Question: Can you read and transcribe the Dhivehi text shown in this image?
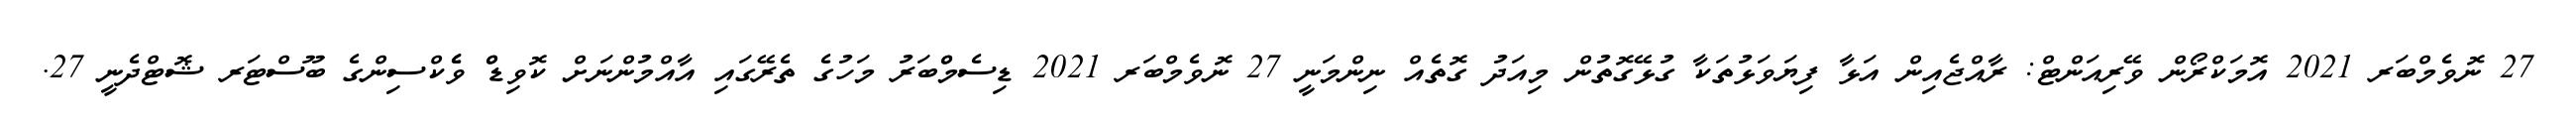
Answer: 27 ނޮވެމްބަރ 2021 އޮމަކްރޯން ވޭރިއަންޓް: ރާއްޖެއިން އަޅާ ފިޔަވަޅުތަކާ ގުޅޭގޮތުން މިއަދު ގޮތެއް ނިންމަނީ 27 ނޮވެމްބަރ 2021 ޑިސެމްްބަރު މަހުގެ ތެރޭގައި އާއްމުންނަށް ކޮވިޑްް ވެެކްސިންގެ ބޫސްޓަރ ޝޮޓްދެނީ 27.